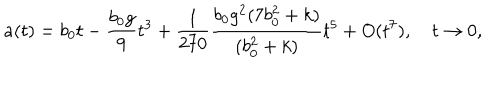
a ( t ) = b _ { 0 } t - \frac { b _ { 0 } g } { 9 } t ^ { 3 } + \frac { 1 } { 2 7 0 } \frac { b _ { 0 } g ^ { 2 } ( 7 b _ { 0 } ^ { 2 } + k ) } { ( b _ { 0 } ^ { 2 } + k ) } t ^ { 5 } + O ( t ^ { 7 } ) , \quad t \to 0 ,